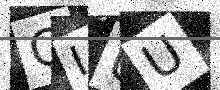
Text: CIUU